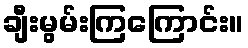
ချီးမွမ်းကြကြောင်း။